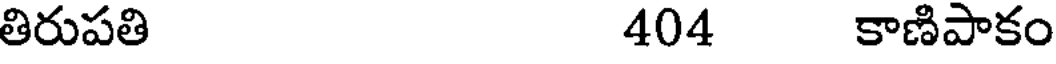
తిరుపతి 404 కాణిపాకం